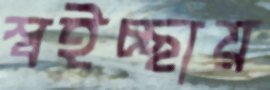
স্বইচ্ছায়